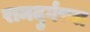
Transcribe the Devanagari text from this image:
रामदुर्गच्या